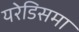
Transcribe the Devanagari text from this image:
यरेडिसमा